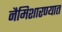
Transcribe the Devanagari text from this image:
नैमिशारण्यात